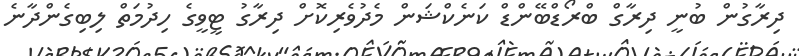
ދިރާގުން ބުނީ ދިރާގް ބްރޯޑްބޭންޑް ކަނެކްޝަން މެދުވެރިކޮށް ދިރާގު ޓީވީގެ ހިދުމަތް ލިބިގެންދާނެ